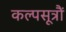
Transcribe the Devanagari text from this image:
कल्पसूत्रौं